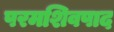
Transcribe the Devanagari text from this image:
परमशिवपाद